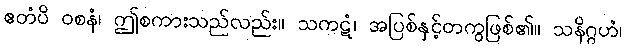
ဧတံပိ ဝစနံ၊ ဤစကားသည်လည်း။ သကဋံ၊ အပြစ်နှင့်တကွဖြစ်၏။ သနိဂ္ဂဟံ၊